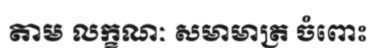
តាម លក្ខណៈ សមាមាត្រ ចំពោះ